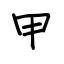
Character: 甲